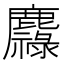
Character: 䴪